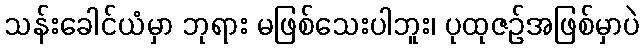
သန်းခေါင်ယံမှာ ဘုရား မဖြစ်သေးပါဘူး၊ ပုထုဇဉ်အဖြစ်မှာပဲ